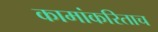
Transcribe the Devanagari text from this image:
कामांकरिताच